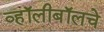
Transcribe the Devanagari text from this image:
व्हॉलीबॉलचे